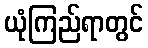
ယုံကြည်ရာတွင်